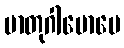
မာတုဂါမောပေ